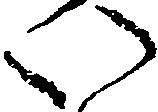
い